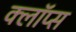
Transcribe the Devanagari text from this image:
क्लॉप्स